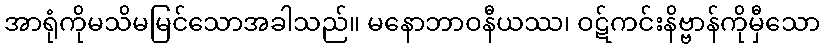
အာရုံကိုမသိမမြင်သောအခါသည်။ မနောဘာဝနီယဿ၊ ဝဋ်ကင်းနိဗ္ဗာန်ကိုမှီသော